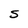
Character: S